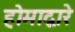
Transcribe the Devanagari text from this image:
होमाद्वारे